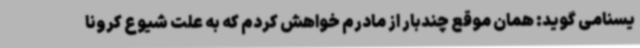
یسنامی گوید: همان موقع چندبار از مادرم خواهش کردم که به علت شیوع کرونا